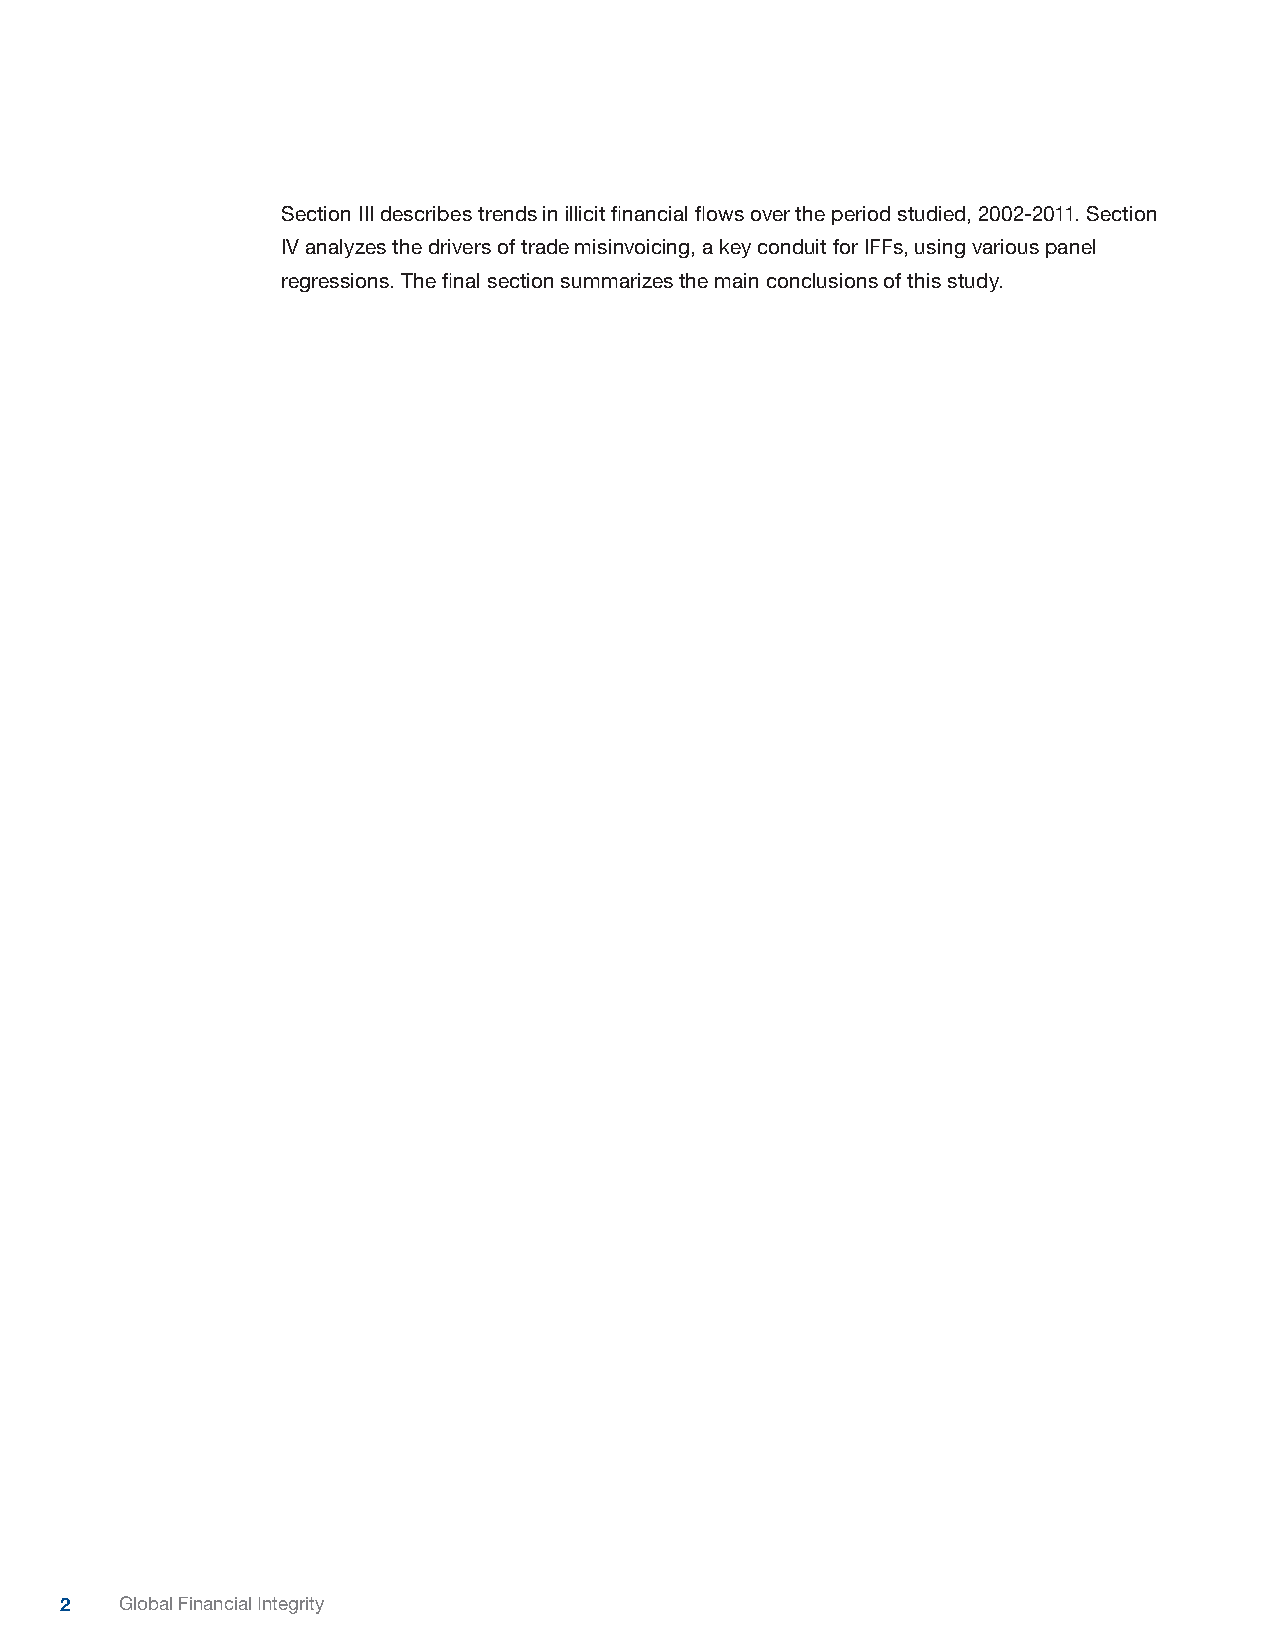
Section III describes trends in illicit financial flows over the period studied, 2002-2011. Section
 IV analyzes the drivers of trade misinvoicing, a key conduit for IFFs, using various panel
 regressions. The final section summarizes the main conclusions of this study.
 2   Global Financial Integrity